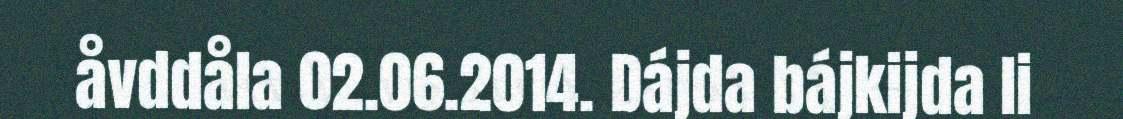
åvddåla 02.06.2014. Dájda bájkijda li